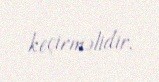
keçirməlidir.